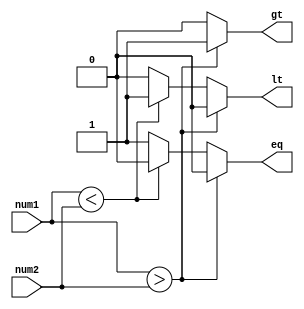
module signed_comparator (
    input signed [7:0] num1,
    input signed [7:0] num2,
    output reg gt,
    output reg lt,
    output reg eq
);

always @* begin
    if (num1 > num2) begin
        gt = 1;
        lt = 0;
        eq = 0;
    end
    else if (num1 < num2) begin
        gt = 0;
        lt = 1;
        eq = 0;
    end
    else begin
        gt = 0;
        lt = 0;
        eq = 1;
    end
end

endmodule